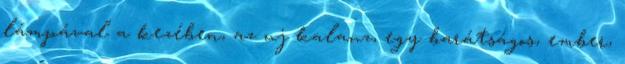
lámpával a kezében, az uj kalauz, egy barátságos, ember,